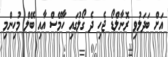
އަށް ބަދަލުވި ރޮނާލްޑޯ ޖެހި ދެ ގޯލުގައި ހާމޭސް އާއި ބޭލް މުހިންމި